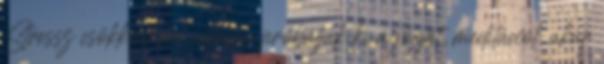
Stressz csökkentésre inkább próbálják ki a jógát, meditációt, akár